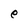
Character: e